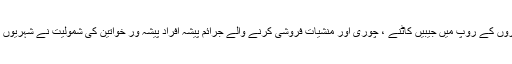
اِس کے علاوہ گداگروں کے روپ میں جیبیں کاٹنے ، چوری اور منشیات فروشی کرنے والے جرائم پیشہ افراد پیشہ ور خواتین کی شمولیت نے شہریوں کا جینا حرام کر دیا۔